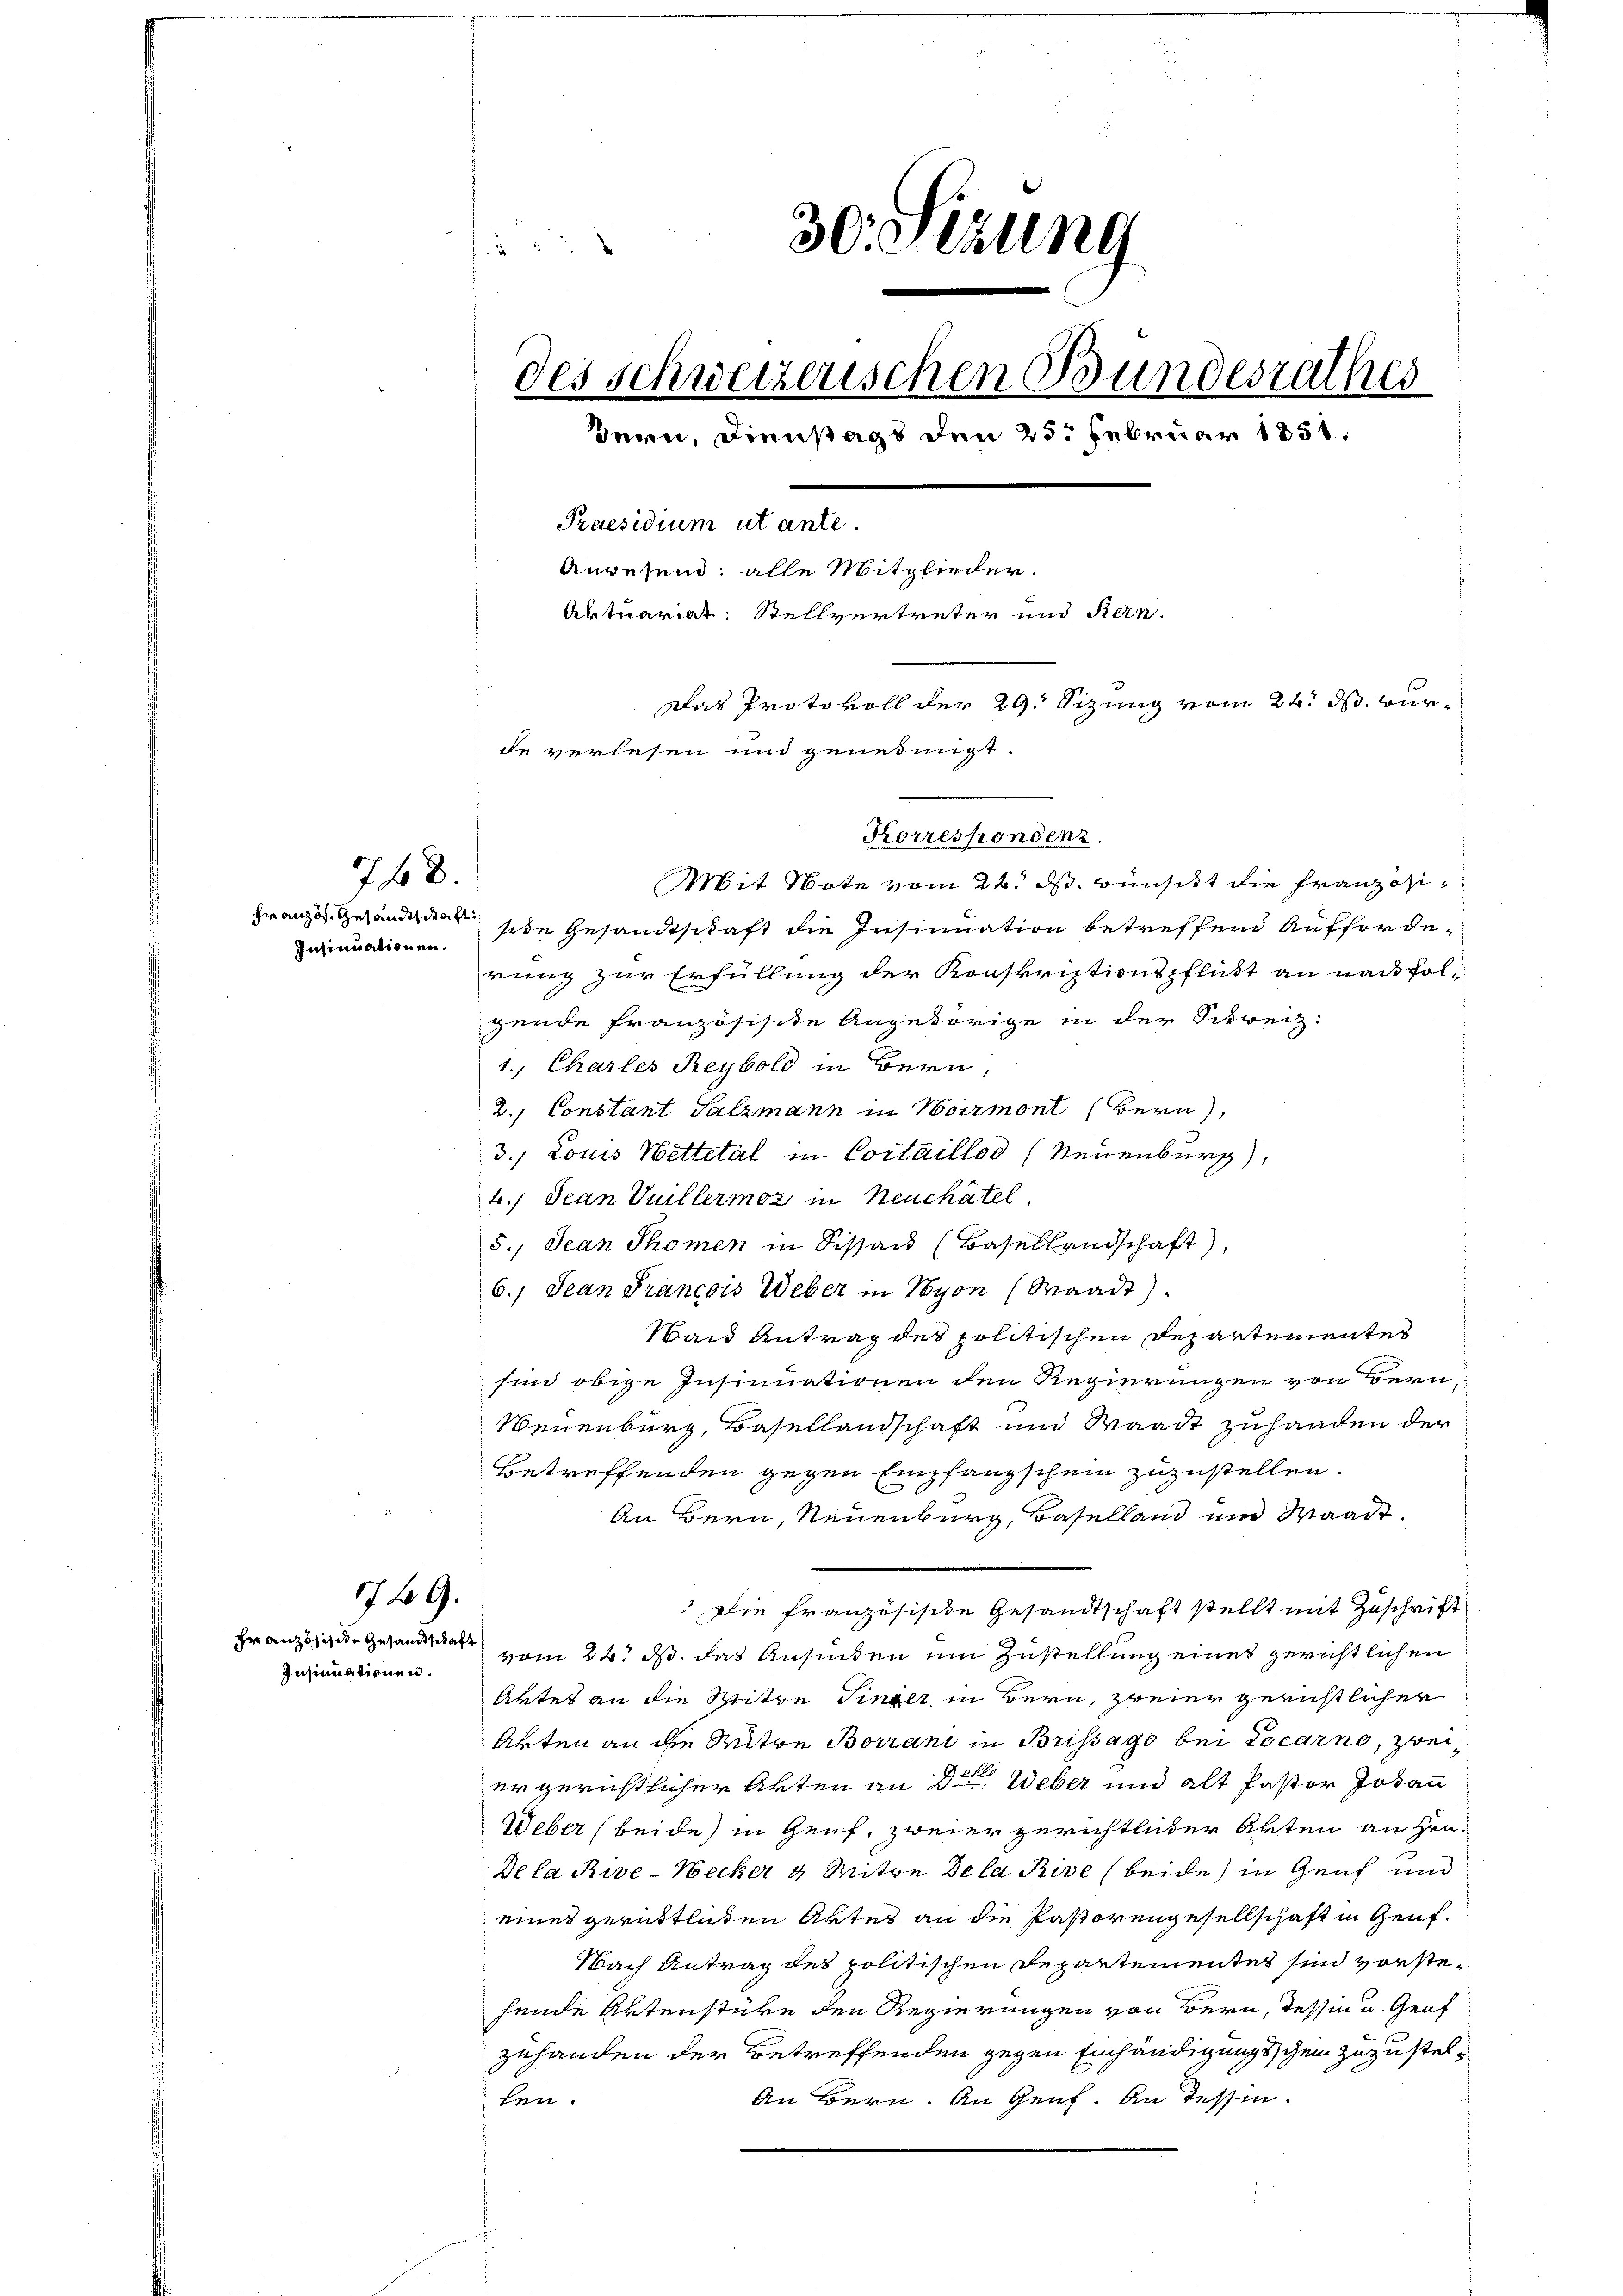
Insinuationen.

768.

749.

Insinuationen.

30. Sizung
r
des schweizerischen Bundesrathes
zern, Dienstags den 25. Februar 1858.
Praesidium ut ante.
Anwesend: alle Mitglieder.
Aktuariat: Stellvertreter und Bern.
Das Protokoll der 29. Sizung vom 24. ds. wurde verlesen und genehmigt.

Mit Note vom 22. ds. wünscht die Franz si¬
Französ. Gesandte sie Gesandtschaft die Insinuation betreffend Aufforderung zur Erfüllung der Konskriptionspflickt an nachfolgende französisite Angehörige in der Schreiz:
1. Chartes Reybold in Bern,
2., Constant Salzmann in Marmont (Bern),
3. Louis Wettetal in Cortaillod (Neuenburg),
t. Jean Vuillermor, in Neuchâtel,
5., Jean Thomen in Sissan (Basellandschaft),
6.) Jean Francois Weber in Nyon (Waadt)
Wand Antrag des politischen Departementes
sind obige Insinuationen den Regierungen von Bern,
Weuenburg, Basellandschaft und Waadt zuhanden der
Betreffenden gegen Empfangschein zuzustellen.

An Bern, Neuenburg, Baselland und Waadt.
 Die französische Gesandtschaft stellt mit Zuschrift
Französ. Gesandte vom 24. ds. das Ansinden um Zustellung eines gerichtlichen
Artes an die Spritze Singer, in Bern, zweier gerichtlichen
Akten an die Witwe Borrani in Brissage bei Locarno, zweiergerichtlicher Akten an der Weber und alt Pastor Johann
Weber (beide in Genf, zweier gerichtlicher Akten an Hin¬
Dela Rive-Necker 4 Mitte Dela Rive beide in Genf und
eines gerüttlichen Aktes an die Pastorengesellschaft in Genf.
Nach Antrag des politischen Departementes sind vorstefende Artenstüke den Regierungen von Bern, Tessin u. Genf
zuhanden der Betreffenden gegen Einhändigungsschein zuzustel¬
An Bern. An Genf. An Tessin.
L

Korrespondenz.